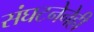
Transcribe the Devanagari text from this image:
संघटनेनेही